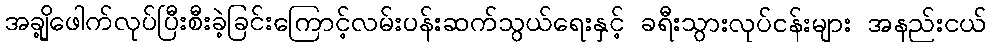
အချို့ဖေါက်လုပ်ပြီးစီးခဲ့ခြင်းကြောင့်လမ်းပန်းဆက်သွယ်ရေးနှင့် ခရီးသွားလုပ်ငန်းများ အနည်းငယ်